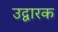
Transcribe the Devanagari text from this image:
उद्वारक